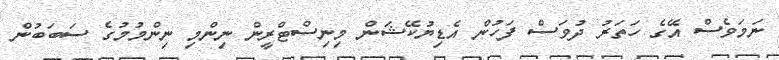
ނަމަވެސް އޭގެ ހަތަރު ދުވަސް ފަހުން އެޑިޔުކޭޝަން މިނިސްޓްރީން ނިންމި ނިންމުމުގެ ސަބަބުން